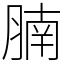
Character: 腩